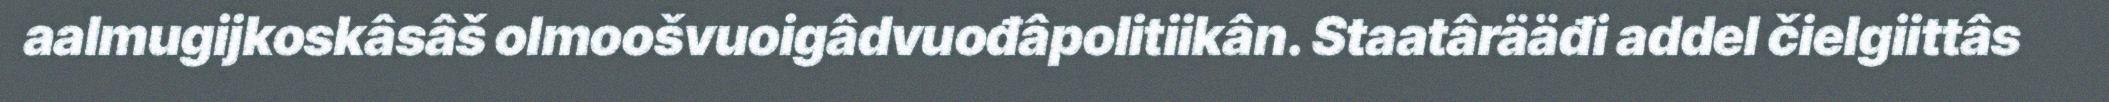
aalmugijkoskâsâš olmoošvuoigâdvuođâpolitiikân. Staatârääđi addel čielgiittâs